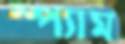
স্প্যাম